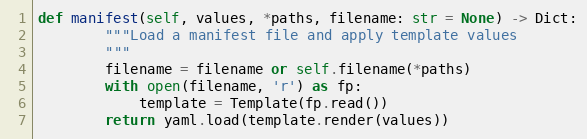
Language: Python
def manifest(self, values, *paths, filename: str = None) -> Dict:
        """Load a manifest file and apply template values
        """
        filename = filename or self.filename(*paths)
        with open(filename, 'r') as fp:
            template = Template(fp.read())
        return yaml.load(template.render(values))